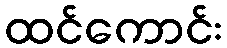
ထင်ကောင်း